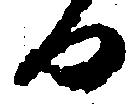
日